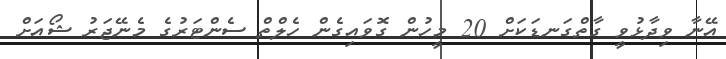
އޭނާ ވިދާޅުވީ ގާތްގަނޑަކަށް 20 މީހުން ގޮވައިގެން ހެލްތް ސެންޓަރުގެ މެނޭޖަރު ޝޯއަށް